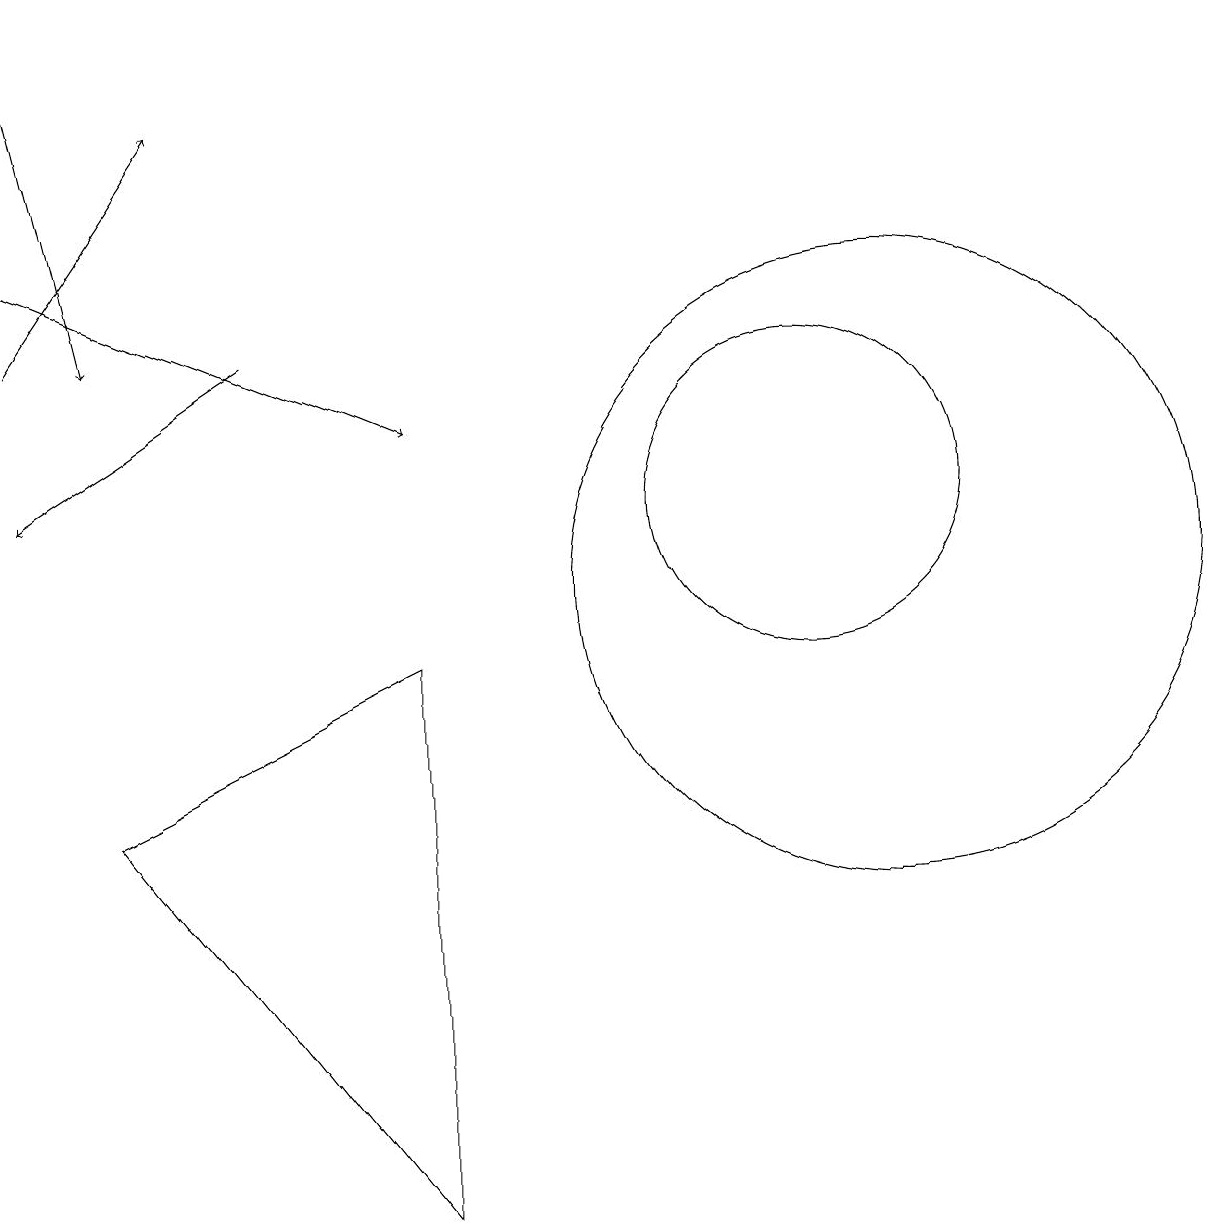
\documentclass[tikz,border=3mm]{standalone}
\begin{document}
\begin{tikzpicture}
\draw (11,10) circle (4);
\draw (10,11) circle (2);
\draw (5,2) -- (5,9) -- (1,7) -- cycle;
\draw[->] (0,14) -- (5,12);
\draw[->] (0,13) -- (2,16);
\draw[->] (3,13) -- (0,11);
\draw[->] (0,17) -- (1,13);
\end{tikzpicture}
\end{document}